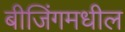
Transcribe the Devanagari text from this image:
बीजिंगमधील